Civil Veterinary Dept. Assam report 1911-1927 - 1911-1927
Year: 1911
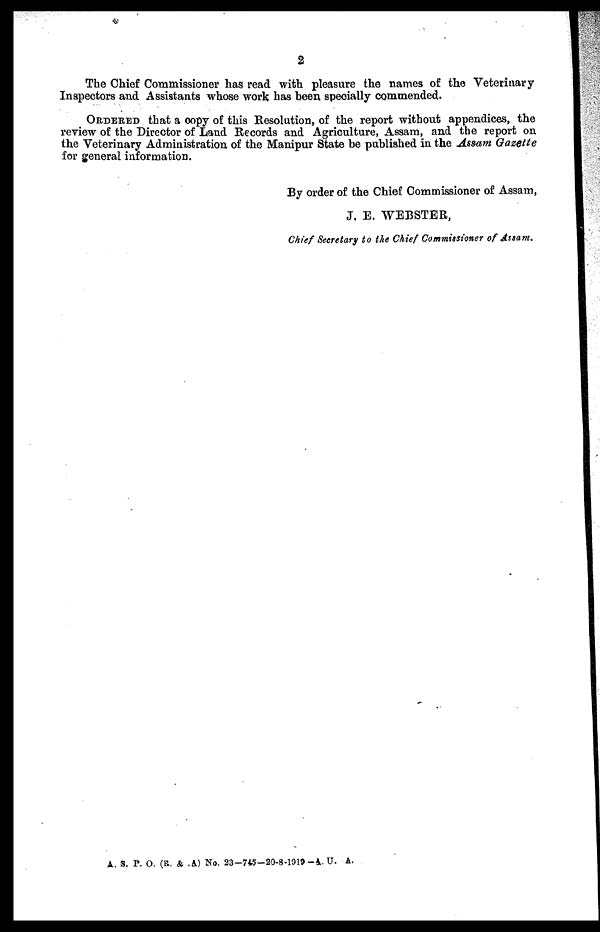
2
The Chief Commissioner has read with pleasure the names of the Veterinary
Inspectors and Assistants whose work has been specially commended.
ORDERED that a copy of this Resolution, of the report without appendices, the
review of the Director of Land Records and Agriculture, Assam, and the report on
the Veterinary Administration of the Manipur State be published in the Assam Gazette
for general information.
By order of the Chief Commissioner of Assam,
J, E. WEBSTER,
Chief Secretary to the Chief Commissioner of Assam,
A. S. P. O. (R. & .A.) No. 23-745-20-8-1919-4 U. A.